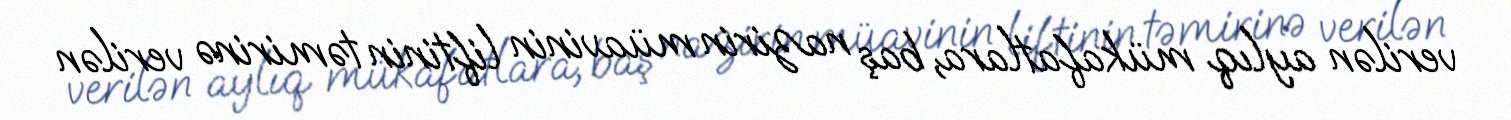
verilən aylıq mükafatlara, baş nazirin müavinin liftinin təmirinə verilən